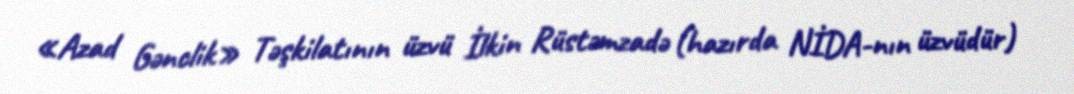
«Azad Gənclik» Təşkilatının üzvü İlkin Rüstəmzadə (hazırda NİDA-nın üzvüdür)